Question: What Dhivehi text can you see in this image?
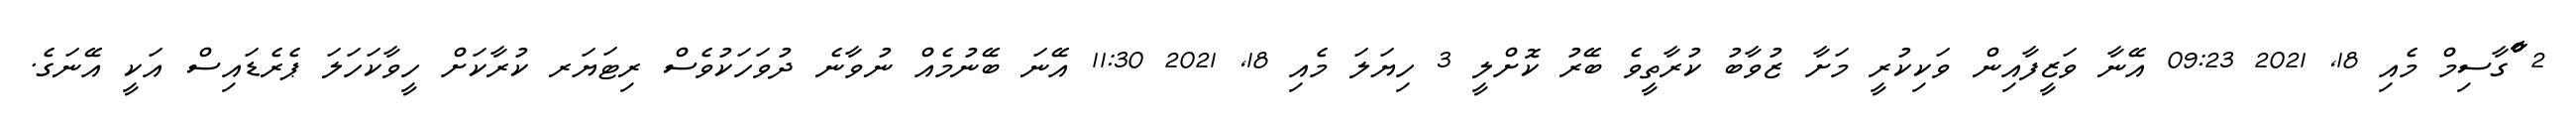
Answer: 2 ްާްާގާސިމް މެއި 18, 2021 09:23 އޭނާ ވަޒީފާއިން ވަކިކުރީ މަށާ ޒުވާބު ކުރާތީވެ ބޭރު ކޮށްލީ 3 ހިޔަލަ މެއި 18, 2021 11:30 އޭނަ ބޭނުމެއް ނުވާނެ ދުވަހަކުވެސް ރިޓަޔަރ ކުރާކަށް ހީވާކަހަލަ ޕެރެޑައިސް އަކީ އޭނަގެ.